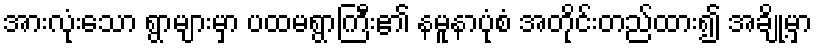
အားလုံးသော ရွာများမှာ ပထမရွာကြီး၏ နမူနာပုံစံ အတိုင်းတည်ထား၍ အချို့မှာ